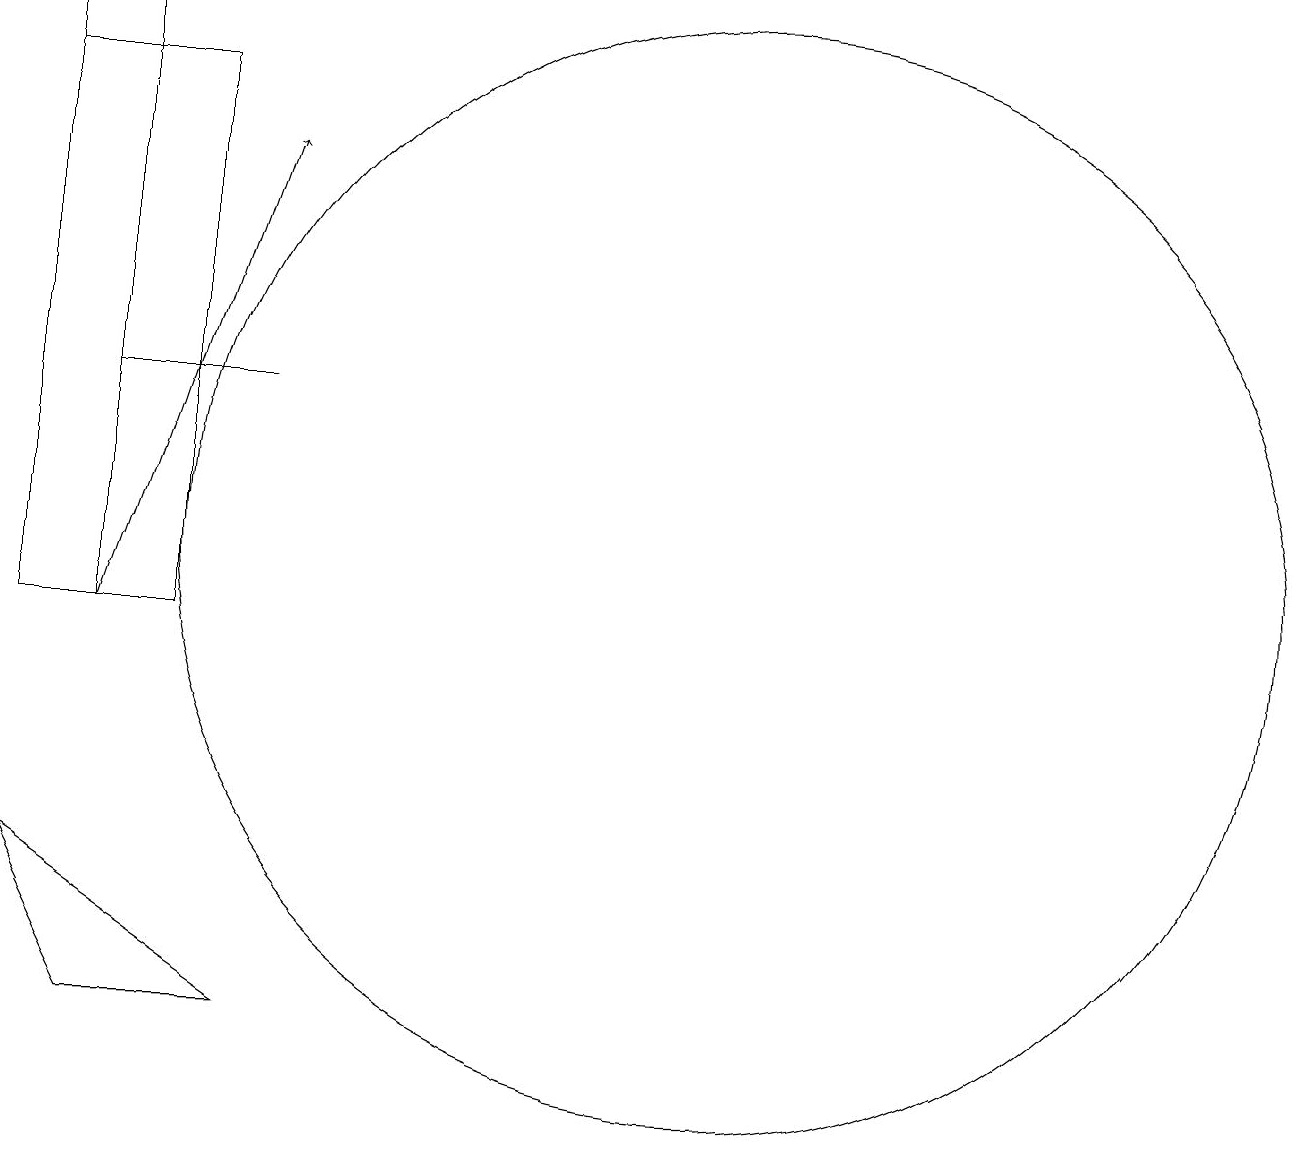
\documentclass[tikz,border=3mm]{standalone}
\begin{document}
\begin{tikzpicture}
\draw (11,11) circle (7);
\draw[->] (3,10) -- (5,16);
\draw (12,12) circle (0);
\draw (5,13) rectangle (3,13);
\draw (2,10) rectangle (4,17);
\draw (2,7) -- (3,5) -- (5,5) -- cycle;
\draw (2,10) rectangle (3,18);
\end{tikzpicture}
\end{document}